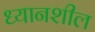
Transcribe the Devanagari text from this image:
ध्यानशील